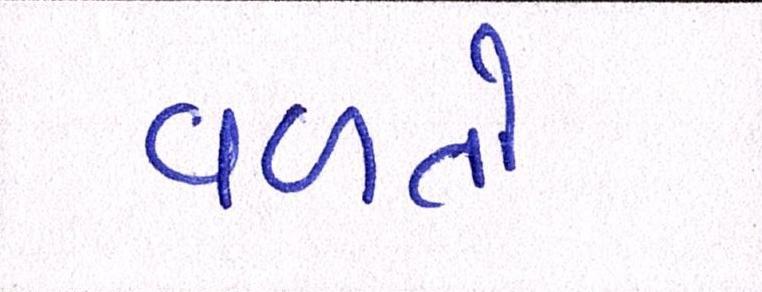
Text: વળતો